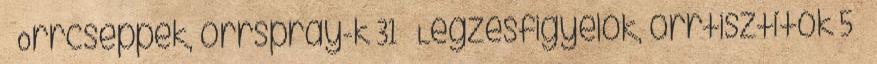
› Orrcseppek, orrspray-k 31 › Légzésfigyelők, orrtisztítók 5 ›